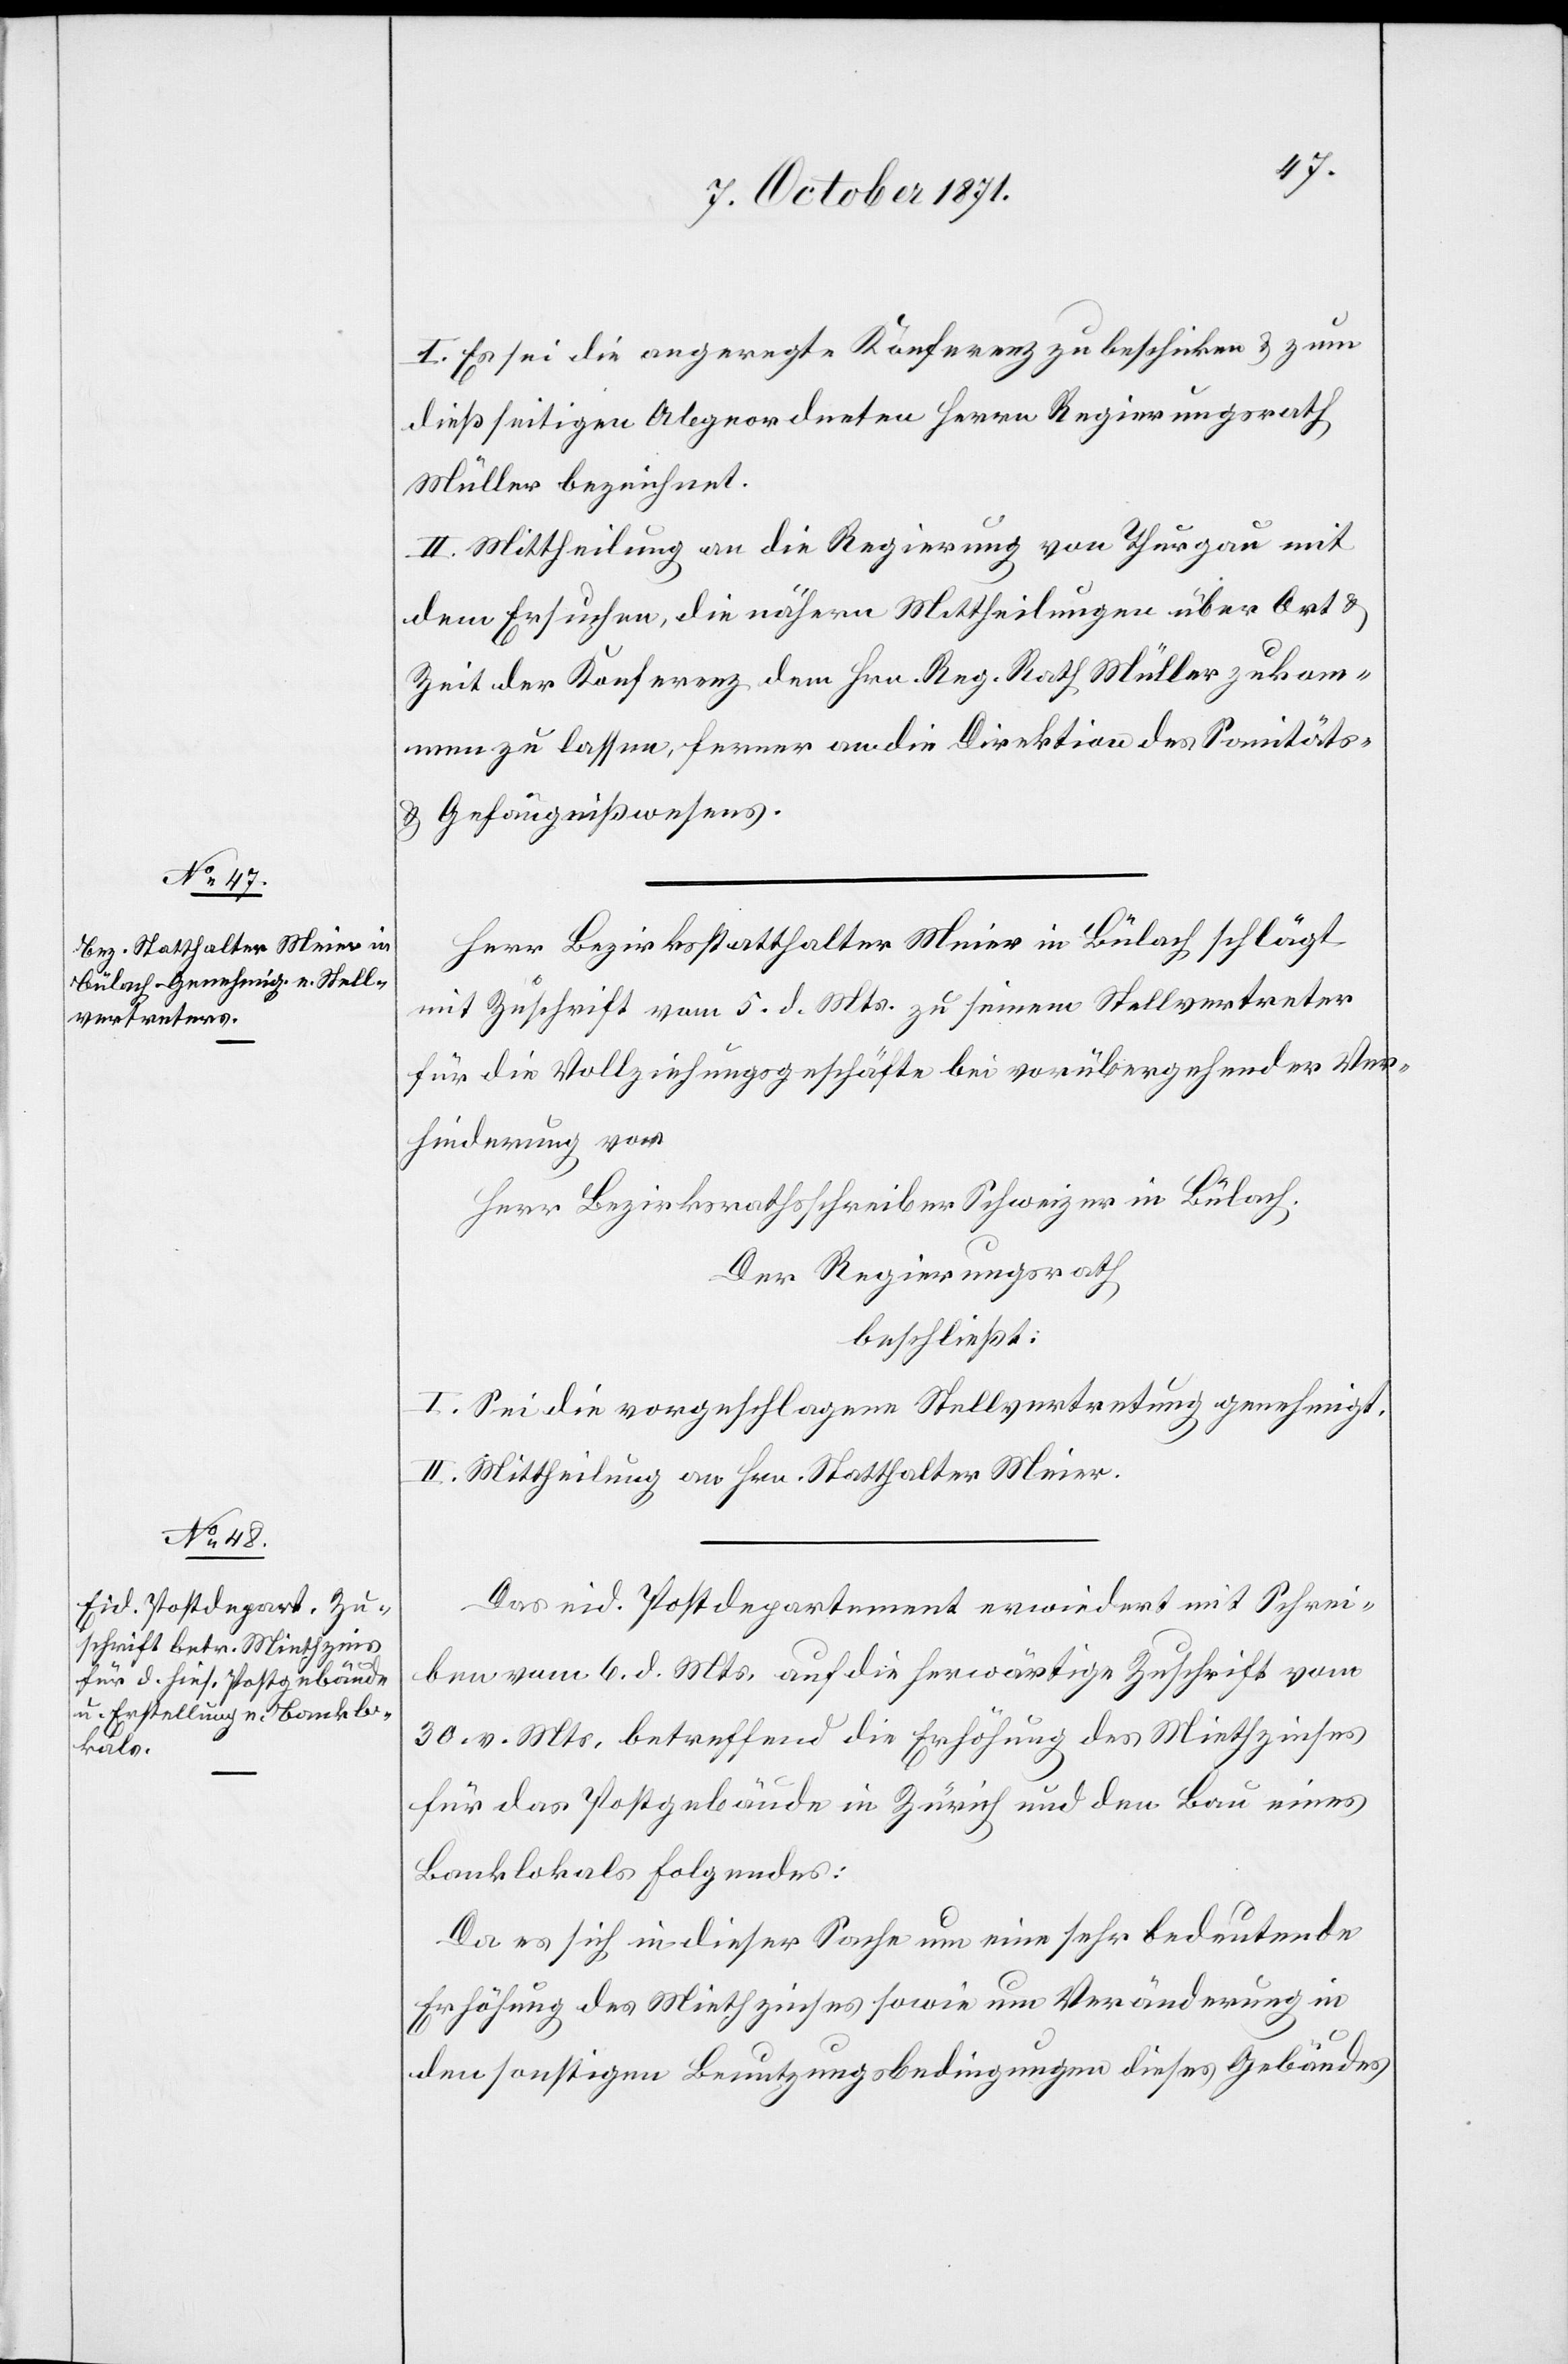
I. Es sei die angeregte Konferenz zu beschicken & zum
dießseitigen Abgeordneten Herrn Regierungsrath
Müller bezeichnet.
II. Mittheilung an die Regierung von Thurgau mit
dem Ersuchen, die nähern Mittheilungen über Art &
Zeit der Konferenz dem Hrn. Reg. Rath Müller zukom¬
men zu lassen, ferner an die Direktion des Sanitäts-
& Gefängnißwesens.
Herr Bezirksstatthalter Meier in Bülach schlägt
mit Zuschrift vom 5. d. Mts. zu seinem Stellvertreter
für die Vollziehungsgeschäfte bei vorübergehender Ver¬
hinderung vor
Herr Bezirksrathsschreiber Schweizer in Bülach.
Der Regierungsrath
beschließt:
I. Sei die vorgeschlagene Stellvertretung genehmigt.
II. Mittheilung an Hrn. Statthalter Meier.
Das eid. Postdepartement erwiedert mit Schrei¬
ben vom 6. d. Mts. auf die herwärtige Zuschrift vom
30. v. Mts. betreffend die Erhöhung des Miethzinses
für das Postgebäude in Zürich und den Bau eines
Banklokals folgendes:
Da es sich in dieser Sache um eine sehr bedeutende
Erhöhung des Miethzinses sowie um Veränderung in
den sonstigen Benutzungsbedingungen dieses Gebäudes